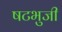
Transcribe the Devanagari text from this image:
षटभुजी